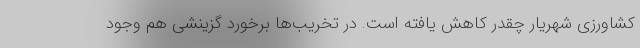
کشاورزی شهریار چقدر کاهش یافته است. در تخریب‌ها برخورد گزینشی هم وجود